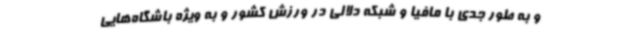
و به طور جدی با مافیا و شبکه دلالی در ورزش کشور و به ویژه باشگاه‌هایی